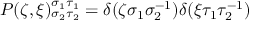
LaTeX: P ( \zeta , \xi ) _ { \sigma _ { 2 } \tau _ { 2 } } ^ { \sigma _ { 1 } \tau _ { 1 } } = \delta ( \zeta \sigma _ { 1 } \sigma _ { 2 } ^ { - 1 } ) \delta ( \xi \tau _ { 1 } \tau _ { 2 } ^ { - 1 } )